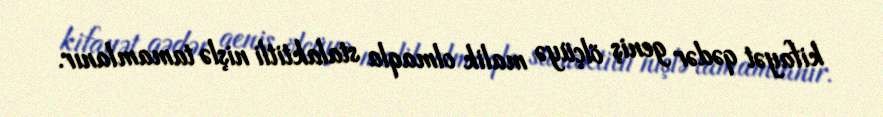
kifayət qədər geniş ölçüyə malik olmaqla stalaktitli nişlə tamamlanır.